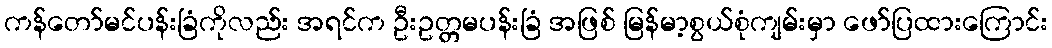
ကန်တော်မင်ပန်းခြံကိုလည်း အရင်က ဦးဥတ္တမပန်းခြံ အဖြစ် မြန်မာ့စွယ်စုံကျမ်းမှာ ဖော်ပြထားကြောင်း